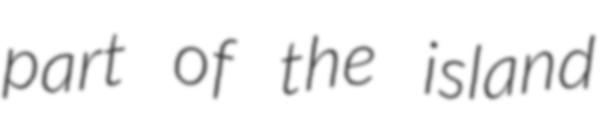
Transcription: part of the island